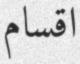
اقسام